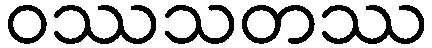
ဝဿသတဿ